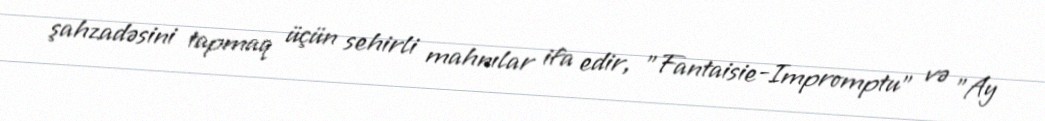
şahzadəsini tapmaq üçün sehirli mahnılar ifa edir, "Fantaisie-Impromptu" və "Ay